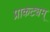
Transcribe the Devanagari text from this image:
प्राकट्यम्